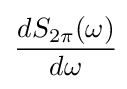
{\frac {dS_{2\pi }(\omega )}{d\omega }}\!